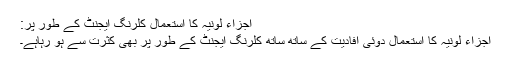
اجزاء لونیہ کا استعمال کلرنگ ایجنٹ کے طور پر:
اجزاء لونیہ کا استعمال دوئی افادیت کے ساتھ ساتھ کلرنگ ایجنٹ کے طور پر بھی کثرت سے ہو رہاہے۔